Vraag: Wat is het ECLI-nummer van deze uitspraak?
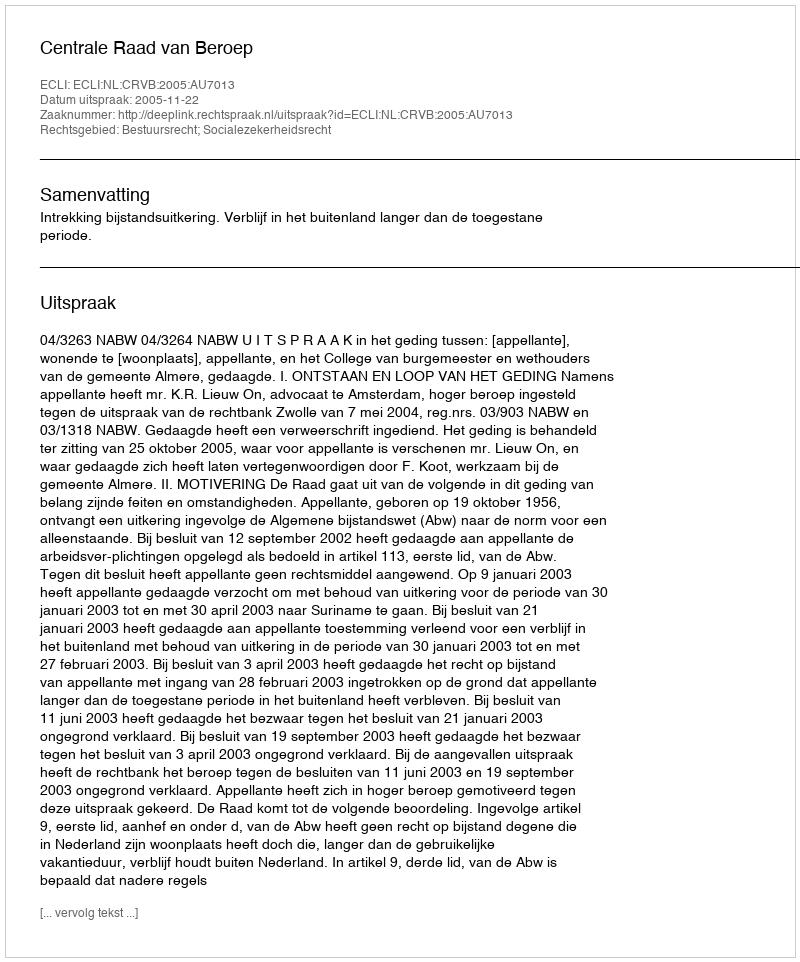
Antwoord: ECLI:NL:CRVB:2005:AU7013